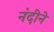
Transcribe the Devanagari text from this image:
नंदीने